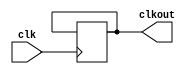
module brcal (clkout,clk);
  input clk;
  output reg clkout = 0;
  reg [3:0] count =0;
  always @ (posedge clk)
  begin
    if 
    (count == 2603)
   begin 
      clkout = ~clkout;
      count =0;
    end
    else
      count = count+1;
    end
endmodule

module trans (trout,in,clk);
  input clk;
  input [7:0] in;
  output reg trout;
  reg [3:0]cnt =0;
  reg  start;
  reg stop;
  reg [1:0]pstate;
  wire clkout;
  parameter ideal=2'b00,active=2'b01,trans=2'b10;
  brcal q1 (.clkout(clkout),.clk(clk));
  always @ (posedge clkout)
  begin
    case (pstate)
     ideal : 
          begin
            start = 1;
            trout = start;
            pstate = active ;
          end
    active : 
           begin
            start = 0;
            trout = start; 
            pstate = trans;
          end
      trans: if (cnt <=7)
           begin
           trout = in[cnt];
           cnt = cnt+1;
           end
           else
             begin
             cnt = 0;
             stop = 1;
             trout = stop;
             pstate = ideal;
        end
        default:pstate = ideal;
         endcase
end
endmodule
module rec (rcout,in,clk);
  input clk;
  input in;
  output  [7:0] rcout;
  reg [3:0]cnt =0;
  reg start;
  reg stop;
  reg [1:0]pstate;
  reg [8:0]rcoutx;
  assign rcout=rcoutx[8:1];
  parameter ideal = 2'b00,active=2'b01,receive=2'b10;
  always @ (posedge clk)
  begin
    case (pstate)
       ideal : 
          begin
            start = 1;
            pstate = active ;
          end
       active : 
           begin
            start = 0; 
            pstate = receive;
          end
      receive: if (cnt <=8)
           begin
           rcoutx[cnt] =in;
           cnt = cnt+1;
           end
           else
             begin
             cnt = 0;
             stop = 1;
             pstate = ideal;
        end
        default:pstate = ideal;
         endcase  
end
endmodule